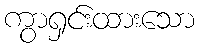
ကွာရှင်းထားသော